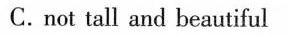
C.not tall and beautiful